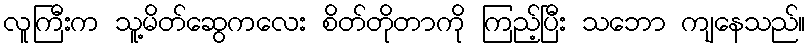
လူကြီးက သူ့မိတ်ဆွေကလေး စိတ်တိုတာကို ကြည့်ပြီး သဘော ကျနေသည်။